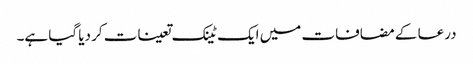
درعا کے مضافات میں ایک ٹینک تعینات کر دیا گیا ہے۔